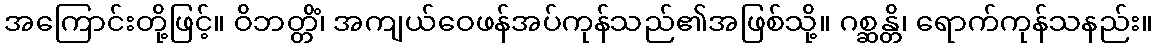
အကြောင်းတို့ဖြင့်။ ဝိဘတ္တိံ၊ အကျယ်ဝေဖန်အပ်ကုန်သည်၏အဖြစ်သို့။ ဂစ္ဆန္တိ၊ ရောက်ကုန်သနည်း။